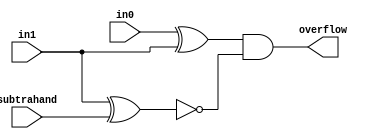
module Has_Overflown  (overflow, in0, in1, subtrahand);
// This module tests if overflow has occured on twos complement subtraction of the form : in0 - in1 = subtrahand
// Overflow occurs if in0 and in0 have different sign while additionally in1 and subtrahand have the same sign.
	input 	 	in0, in1, subtrahand;
	output 	 	overflow;	
	wire        w0, w1;				 
	
	xor	x0 (w0, in0, in1);		  // 1 if the two inputs have different sign.
	xor	x1 (w1, in1, subtrahand); // 1 if the output the subtrahand have different sign.
	and a0 (overflow, w0, ~w1);   // 1 if overflow has occured.
	
endmodule